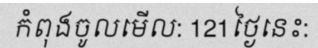
កំពុងចូលមើល: 121ថ្ងៃនេះ: